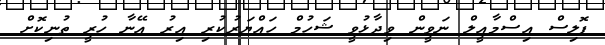
ޕޮލިސް އިސްމާއީލް ނަވީން ވިދާޅުވީ ޝަހުމް ހައްޔަރުކުރި އިރު އޭނާ ހުރީ ތުނިކޮށް